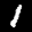
Label: 1